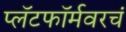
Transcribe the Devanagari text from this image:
प्लॅटफॉर्मवरचं